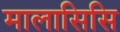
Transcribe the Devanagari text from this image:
मालासिसि